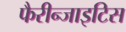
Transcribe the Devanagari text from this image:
फैरीन्जाइटिस